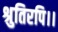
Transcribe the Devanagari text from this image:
श्रुतिरपि।।